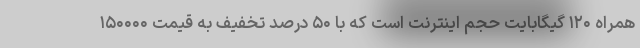
همراه ۱۲۰ گیگابایت حجم اینترنت است که با ۵۰ درصد تخفیف به قیمت ۱۵۰۰۰۰